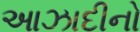
આઝાદીનો